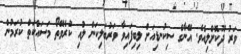
ވަރު ދޫކޮށްލިއެވެ. އޭނާގެ ސިކުނޑިއަށް ލިބިފައިވާ ވަރުބަލިކަން ލުއި ކުރެވޭތޯ މަސައްކަތް ކުރަމުންް